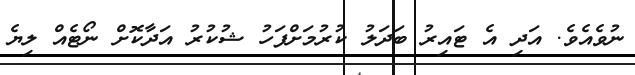
ނުވެއެވެ. އަދި އެ ޓައިރު ބަދަލު ކުރުމަށްފަހު ޝުކުރު އަދާކޮށް ނޯޓެއް ލިޔެ